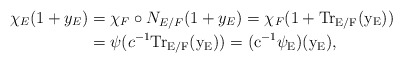
\begin{align*} \chi_E(1+y_E) &=\chi_F\circ N_{E/F}(1+y_E)=\chi_F(1+\rm{Tr}_{E/F}(y_E))\\ &=\psi(c^{-1}\rm{Tr}_{E/F}(y_E))=(c^{-1}\psi_E)(y_E),\end{align*}